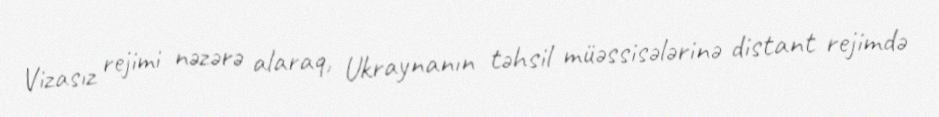
Vizasız rejimi nəzərə alaraq, Ukraynanın təhsil müəssisələrinə distant rejimdə